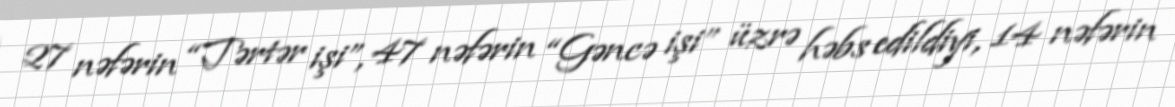
27 nəfərin “Tərtər işi”, 47 nəfərin “Gəncə işi” üzrə həbs edildiyi, 14 nəfərin